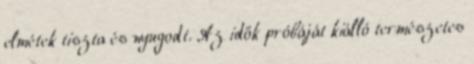
elmétek tiszta és nyugodt. Az idők próbáját kiálló természetes